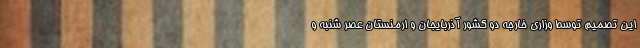
این تصمیم توسط وزاری خارجه دو کشور آذربایجان و ارمنستان عصر شنبه و